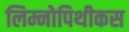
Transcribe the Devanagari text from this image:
लिम्नोपिथीकस